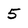
Character: 5